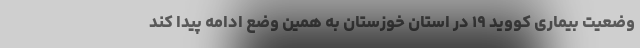
وضعیت بیماری کووید ۱۹ در استان خوزستان به همین وضع ادامه پیدا کند